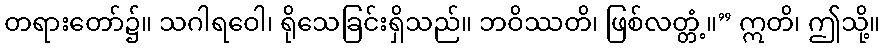
တရားတော်၌။ သဂါရဝေါ၊ ရိုသေခြင်းရှိသည်။ ဘဝိဿတိ၊ ဖြစ်လတ္တံ့။” ဣတိ၊ ဤသို့။